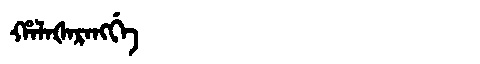
Manchu: ᡥᠠᠯᠠᡧᠠᡵᠠᠩᡤᡝ
Romanization: HALAŠARANGGE